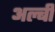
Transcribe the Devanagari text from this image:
अल्बी